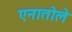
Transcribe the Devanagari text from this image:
एनातोले